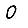
Digit: 0